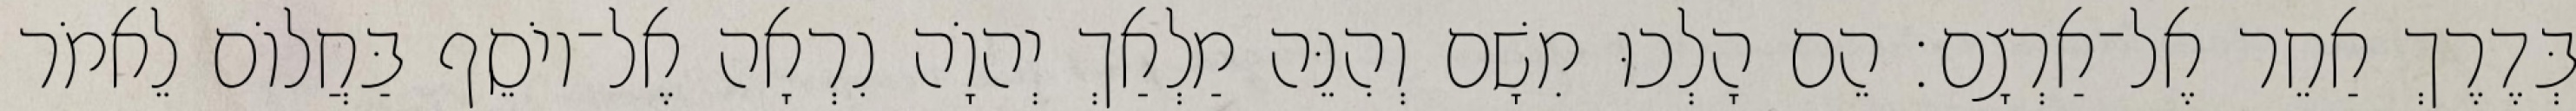
בְּדֶרֶךְ אַחֵר אֶל־אַרְצָם׃ הֵם הָלְכוּ מִשָׁם וְהִנֵּה מַלְאַךְ יְהוָֹה נִרְאָה אֶל־יוֹסֵף בַּחֲלוֹם לֵאמֹר